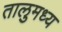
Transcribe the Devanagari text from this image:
तालुमध्य